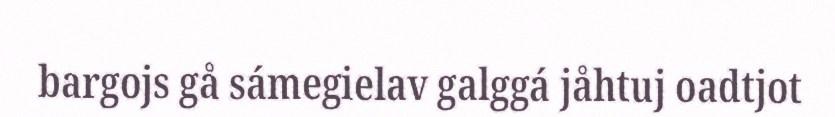
bargojs gå sámegielav galggá jåhtuj oadtjot